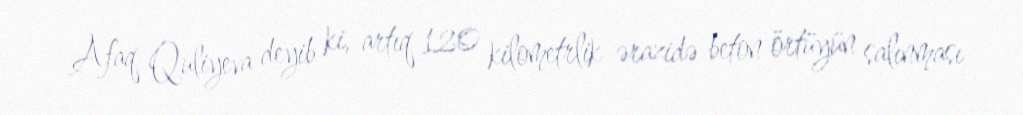
Afaq Quliyeva deyib ki, artıq 120 kilometrlik ərazidə beton örtüyün salınması